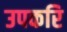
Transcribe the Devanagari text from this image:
उपकरि